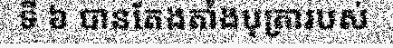
ទី ៦ បានតែងតាំងបុត្រារបស់